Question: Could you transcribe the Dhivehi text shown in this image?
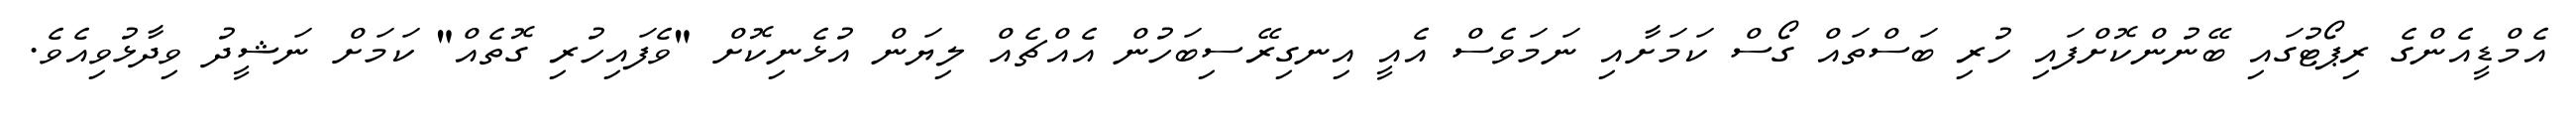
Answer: އެމްޑީއެންގެ ރިޕޯޓުގައި ބޭނުންކޮށްފައި ހުރި ބަސްތައް ގޯސް ކަމަށާއި ނަމަވެސް އެއީ އިނގިރޭސިބަހުން އެއްޗެއް ލިޔަން އުޅެނިކޮށް "ވެފައިހުރި ގޮތެއް" ކަމަށް ނަޝީދު ވިދާޅުވިއެވެ.